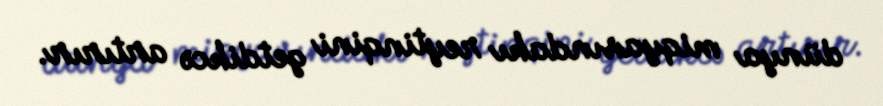
dünya miqyasındakı reytinqini getdikcə artırır.